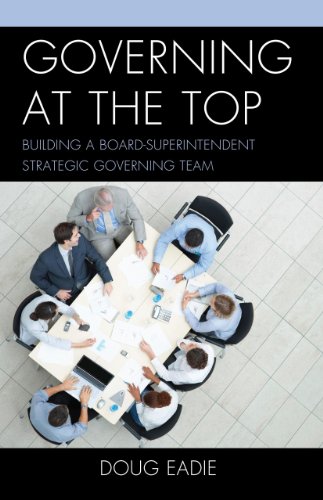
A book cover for Governing at the Top: Building a Board-Superintendent Strategic Governing Team; Doug Eadie; Education & Teaching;